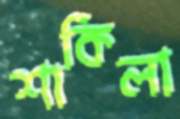
শাকিলা